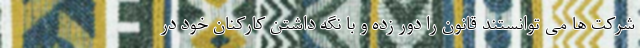
شرکت ها می توانستند قانون را دور زده و با نگه داشتن کارکنان خود در